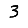
Digit: 3